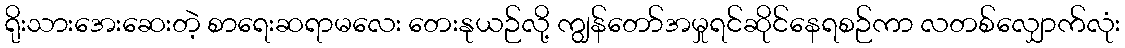
ရိုးသားအေးဆေးတဲ့ စာရေးဆရာမလေး တေးနုယဉ်လို့ ကျွန်တော်အမှုရင်ဆိုင်နေရစဉ်ကာ လတစ်လျှောက်လုံး